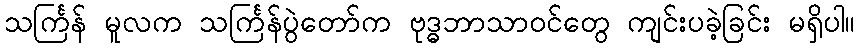
သင်္ကြန် မူလက သင်္ကြန်ပွဲတော်က ဗုဒ္ဓဘာသာဝင်တွေ ကျင်းပခဲ့ခြင်း မရှိပါ။